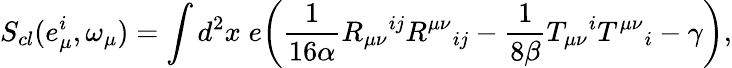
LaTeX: S_{cl}(e_{\mu}^{i},\omega_{\mu})=\int{d^{2}}x\; e\bigg(\frac{1}{16\alpha}R_{\mu\nu}{}^{ij}R^{\mu\nu}{}_{ij}-\frac{1}{8\beta}T_{\mu\nu}{}^{i}T^{\mu\nu}{}_{i}-\gamma\bigg),